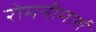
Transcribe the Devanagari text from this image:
रोमनीमार्श